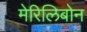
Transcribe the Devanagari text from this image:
मेरिलिबोन